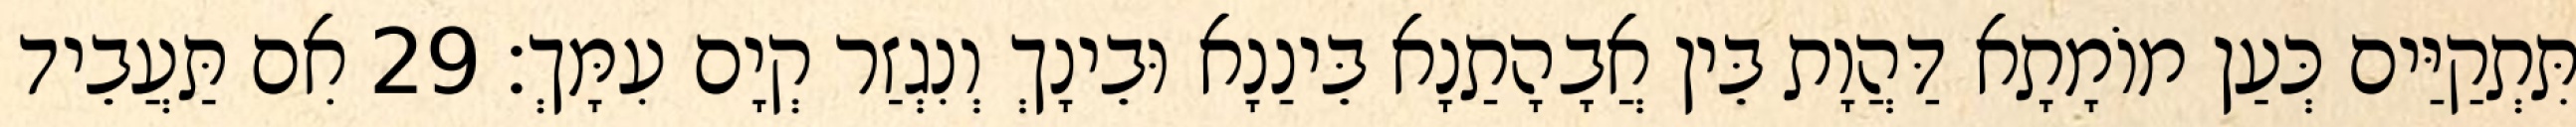
תִּתְקַיַּים כְּעַן מוֹמָתָא דַּהֲוָת בֵּין אֲבָהָתַנָא בֵּינַנָא וּבֵינָךְ וְנִגְזַר קְיָם עִמָּךְ׃ 29 אִם תַּעֲבֵיד